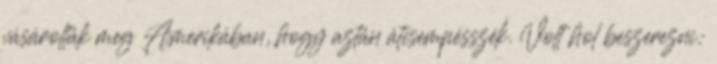
vásárolták meg Amerikában, hogy aztán átcsempésszék. Volt hol beszerezni: